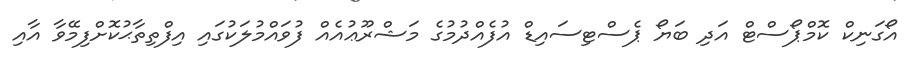
އޯގަނިކް ކޮމްޕޯސްޓް އަދި ބަޔޯ ޕެސްޓިސައިޑް އުފެއްދުމުގެ މަޝްރޫޢުއެއް ފުވައްމުލަކުގައި އިފްތިތާޙުކޮށްފިމޭވާ އާއި